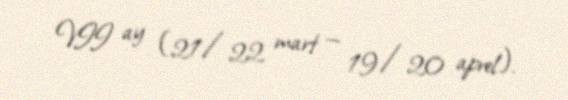
VII ay (21/22 mart — 19/20 aprel).